Annual administration and progress report of the Indian Medical Department, Bombay
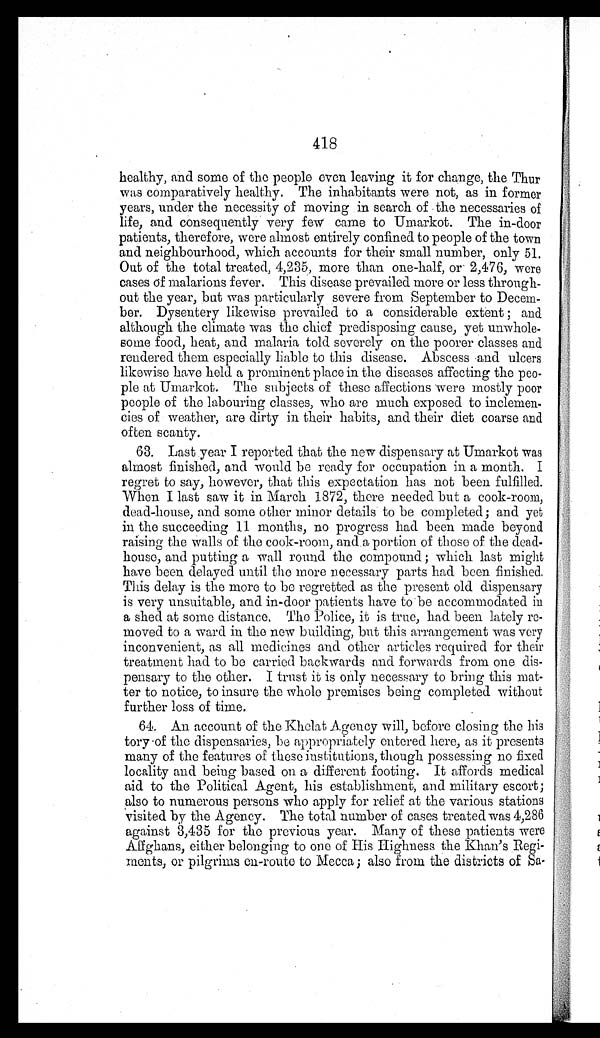
418
healthy, and some of the people even leaving it for change, the Thur
was comparatively healthy. The inhabitants were not, as in former
years, under the necessity of moving in search of the necessaries of
life, and consequently very few came to Umarkot. The in-door
patients, therefore, were almost entirely confined to people of the town
and neighbourhood, which accounts for their small number, only 51.
Out of the total treated, 4,235, more than one-half, or 2,476, were
cases of malarions fever. This disease prevailed more or less through
-
out the year, but was particularly severe from September to Decem
-
ber. Dysentery likewise prevailed to a considerable extent; and
although the climate was the chief predisposing cause, yet unwhole
-
some food, heat, and malaria told severely on the poorer classes and
rendered them especially liable to this disease. Abscess and ulcers
likewise have held a prominent place in the diseases affecting the peo
-
ple at Umarkot. The subjects of these affections were mostly poor
people of the labouring classes, who are much exposed to inclemen
-
cies of weather, are dirty in their habits, and their diet coarse and
often scanty.
63. Last year I reported that the new dispensary at Umarkot was
almost finished, and would be ready for occupation in a month. I
regret to say, however, that this expectation has not been fulfilled.
When I last saw it in March 1872, there needed but a cook-room,
dead-house, and some other minor details to be completed; and yet
in the succeeding 11 months, no progress had been made beyond
raising the walls of the cook-room, and a portion of those of the dead
-
house, and putting a wall round the compound; which last might
have been delayed until the more necessary parts had been finished.
This delay is the more to be regretted as the present old dispensary
is very unsuitable, and in-door patients have to be accommodated in
a shed at some distance. The Police, it is true, had been lately re
-
moved to a ward in the new building, but this arrangement was very
inconvenient, as all medicines and other articles required for their
treatment had to be carried backwards and forwards from one dis
-
pensary to the other. I trust it is only necessary to bring this mat
-
ter to notice, to insure the whole premises being completed without
further loss of time.
64. An account of the Khelat Agency will, before closing the his
-
tory of the dispensaries, be appropriately entered here, as it presents
many of the features of these institutions, though possessing no fixed
locality and being based on a different footing. It affords medical
aid to the Political Agent, his establishment, and military escort;
also to numerous persons who apply for relief at the various stations
visited by the Agency. The total number of cases treated was 4,286
against 3,435 for the previous year. Many of these patients were
Affghans, either belonging to one of His Highness the Khan's Regi
-
ments, or pilgrims en-route to Mecca; also from the districts of Sa-